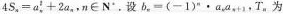
$$4 S _ { n } = a _ { n } ^ { 2 } + 2 a _ { n }$$，n\in N_{*}.设$$b _ { n } = ( - 1 ) ^ { n } \cdot a _ { n } a _ { n + 1 }$$，T_{n}为